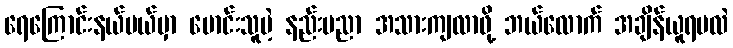
ရေကြောင်းနယ်ပယ်မှာ မောင်းသူမဲ့ နည်းပညာ အသားကျလာဖို့ ဘယ်လောက် အချိန်ယူရမလဲ